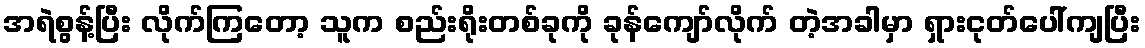
အရဲစွန့်ပြီး လိုက်ကြတော့ သူက စည်းရိုးတစ်ခုကို ခုန်ကျော်လိုက် တဲ့အခါမှာ ရှားငုတ်ပေါ်ကျပြီး